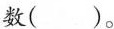
数()。